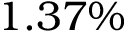
1 . 3 7 \%